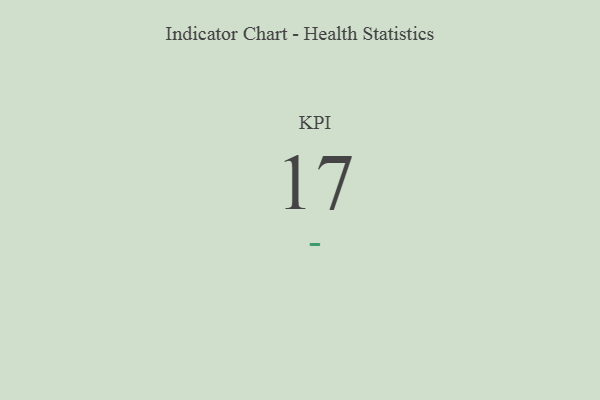
{"axis": {"x": "KPI", "y": "Value"}, "legend": [""], "data": [{"x": "KPI", "y": 17, "type": ""}]}